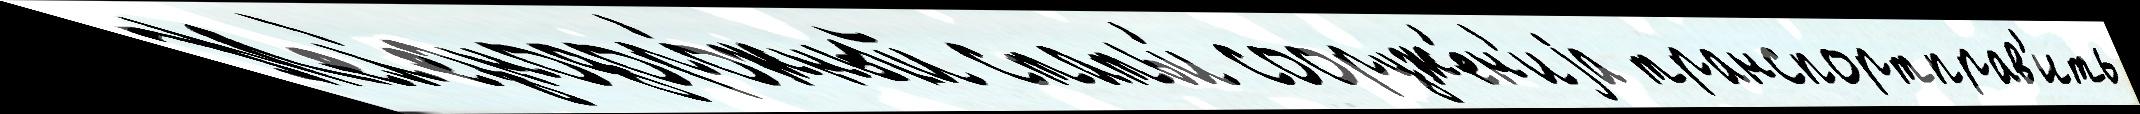
Жел'езнодоро́жный статьи́ сооруже́н'иjа транспортправ'ить